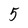
Character: 5